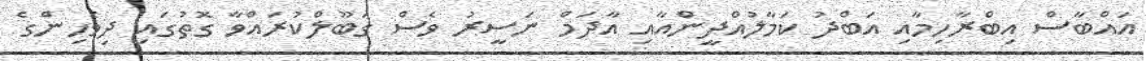
އައްބާސް އިބްރާހިމާއި އަބްދު ކަމާލުއްދީންއާއި އާދަމް ނަސީރު ވެސް ގަބޫލްކުރައްވާ ގޮތުގައި ދިވެހިންގެ